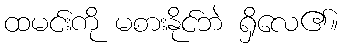
ထမင်းကို မစားနိုင်ဘဲ ရှိလေ၏။